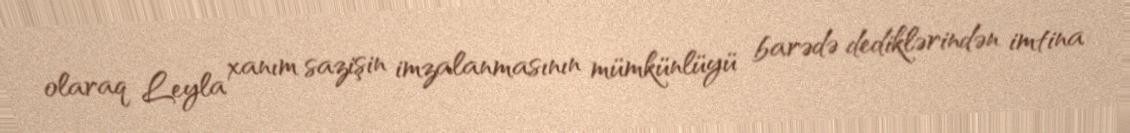
olaraq Leyla xanım sazişin imzalanmasının mümkünlüyü barədə dediklərindən imtina